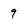
Character: 9